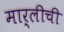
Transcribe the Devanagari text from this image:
मार्लीची